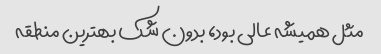
مثل همیشه عالی بود، بدون شک بهترین منطقه